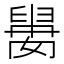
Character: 𱼰